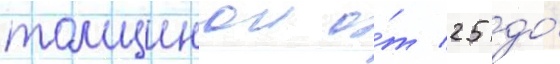
толщинои о́т 25 до́